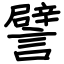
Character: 譬